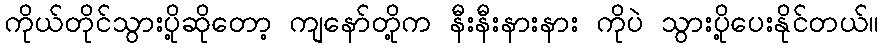
ကိုယ်တိုင်သွားပို့ဆိုတော့ ကျနော်တို့က နီးနီးနားနား ကိုပဲ သွားပို့ပေးနိုင်တယ်။